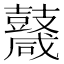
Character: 𪔩